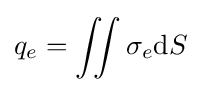
q_{e}=\iint \sigma _{e}\mathrm {d} S